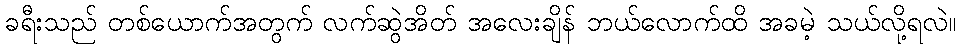
ခရီးသည် တစ်ယောက်အတွက် လက်ဆွဲအိတ် အလေးချိန် ဘယ်လောက်ထိ အခမဲ့ သယ်လို့ရလဲ။